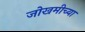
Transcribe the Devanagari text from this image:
जोखमीच्या